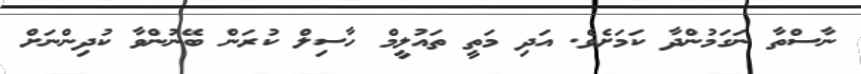
ނާސްތާ ނަގަމުންދާ ކަމަށެވެ. އަދި މަތީ ތައުލީމް ހާސިލް ކުރަން ބޭނުންވާ ކުދިންނަށް